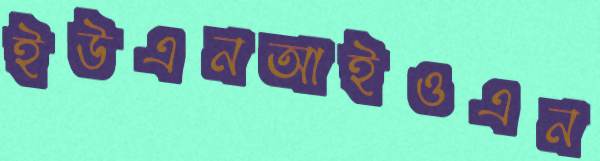
ইউএনআইওএন